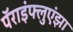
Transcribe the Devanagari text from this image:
पॅराइंफ्लुएंझा